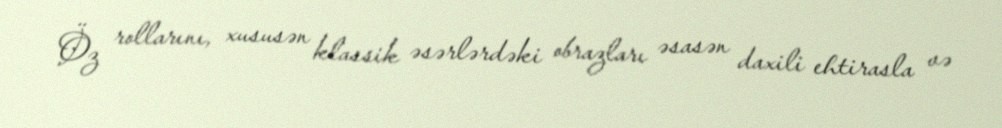
Öz rollarını, xususən klassik əsərlərdəki obrazları əsasən daxili ehtirasla və